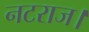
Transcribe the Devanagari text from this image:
नटराज।